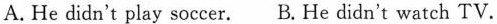
A.He didn't play soccer. B.He didn't watch TV.